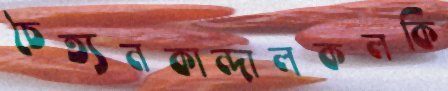
চৈত্যনকান্দালকলকি